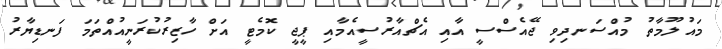
މައުލޫމާތު މުއްސަނދިވި ޖޭއެސްސީ އާއި އެޗްއާރުސީއެމާއި ޕީޖީ ކޮމެޓީ އަށް ހާޒިރުކުރަނީއުއްތަމަ ފަނޑިޔާރު